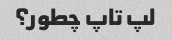
لپ تاپ چطور؟